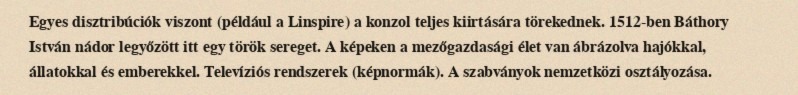
Egyes disztribúciók viszont (például a Linspire) a konzol teljes kiirtására törekednek. 1512-ben Báthory István nádor legyőzött itt egy török sereget. A képeken a mezőgazdasági élet van ábrázolva hajókkal, állatokkal és emberekkel. Televíziós rendszerek (képnormák). A szabványok nemzetközi osztályozása.